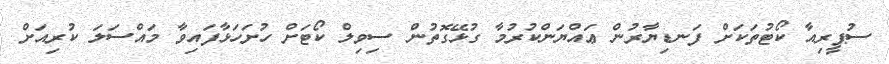
ސުޕީރިއާ ކޯޓުތަކަށް ފަނޑިޔާރުން ޢައްޔަންކުރުމާ ގުޅޭގޮތުން ސިވިލް ކޯޓަށް ހުށަހަޅާފައިވާ މައްސަލަ ކުރިއަށް